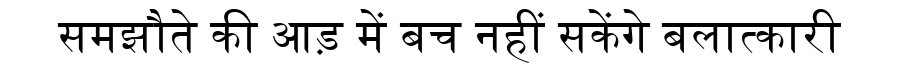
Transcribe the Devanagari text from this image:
समझौते की आड़ में बच नहीं सकेंगे बलात्कारी